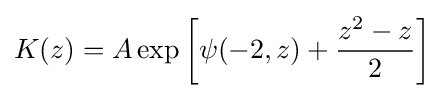
K(z)=A\exp \left[\psi (-2,z)+{\frac {z^{2}-z}{2}}\right]